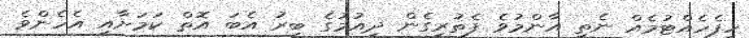
ހިފެހެއްޓުމެއް ނެތި އާންމުވެ ފެތުރިގެން ދިއުމުގެ ބިރު އެބަ އޮތް ކަމަށާއި އެހެންވެ